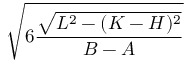
\sqrt { 6 \frac { \sqrt { L ^ { 2 } - ( K - H ) ^ { 2 } } } { B - A } }